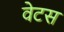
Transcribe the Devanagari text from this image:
वेटस